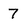
Character: 7